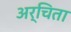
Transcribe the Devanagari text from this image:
अर्चिता